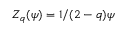
Z _ { q } ( \psi ) = 1 / { ( 2 - q ) \psi }